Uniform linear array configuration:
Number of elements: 32
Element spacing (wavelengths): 0.5
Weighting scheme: binomial
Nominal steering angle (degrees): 60
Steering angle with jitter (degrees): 59.237
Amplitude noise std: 0.05
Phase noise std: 0.05

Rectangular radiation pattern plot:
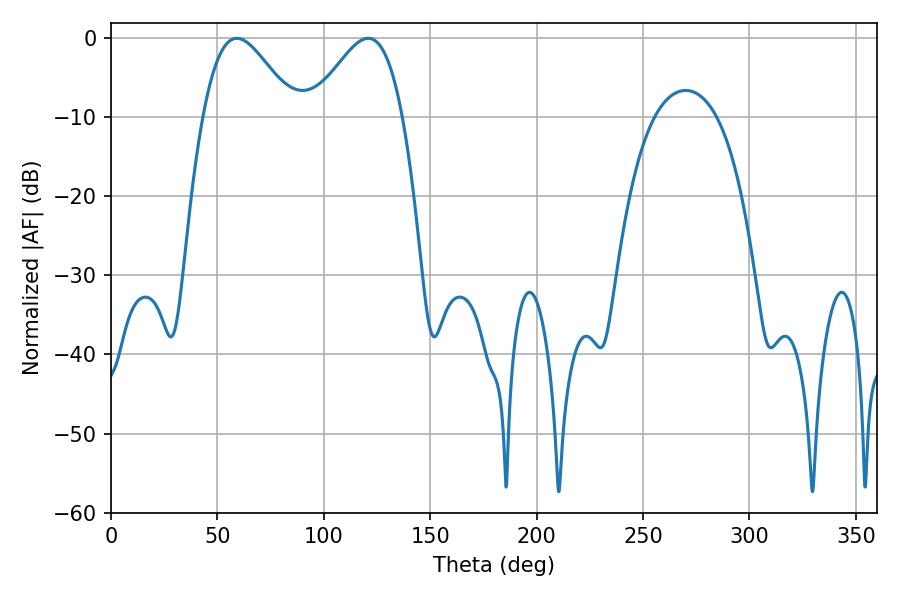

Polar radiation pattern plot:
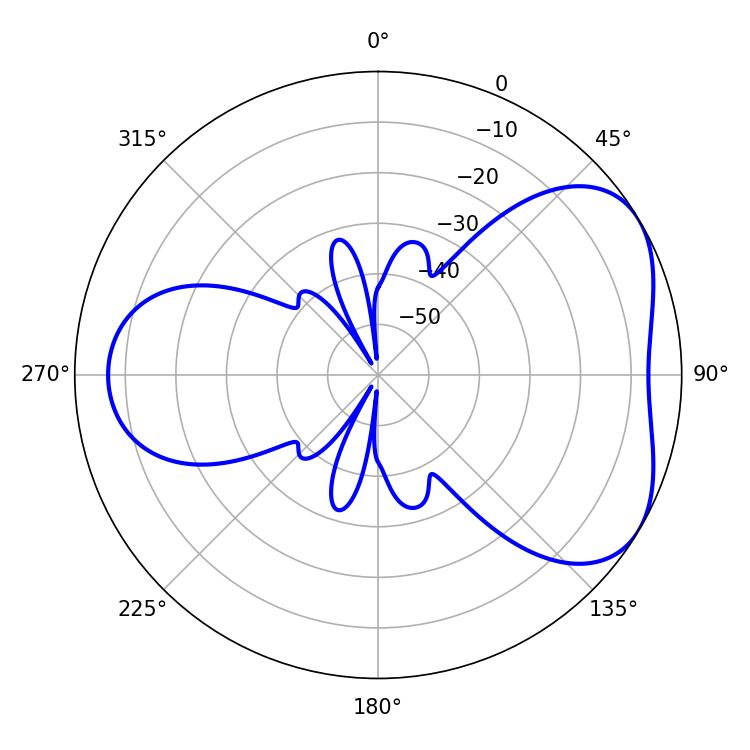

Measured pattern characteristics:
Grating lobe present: FALSE
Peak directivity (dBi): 4.673
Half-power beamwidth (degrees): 22.86
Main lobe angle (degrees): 59.22